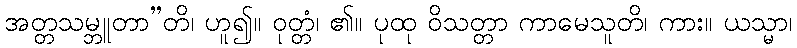
အတ္တသမ္ဘူတာ”တိ၊ ဟူ၍။ ဝုတ္တံ၊ ၏။ ပုထု ဝိသတ္တာ ကာမေသူတိ၊ ကား။ ယသ္မာ၊